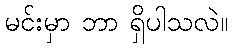
မင်းမှာ ဘာ ရှိပါသလဲ။